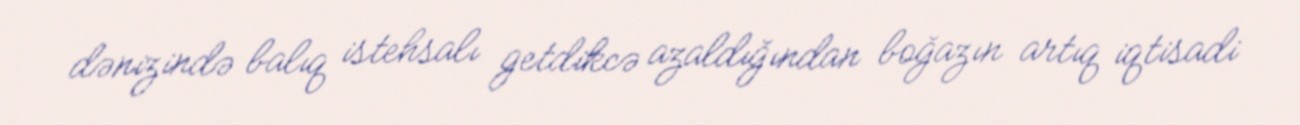
dənizində balıq istehsalı getdikcə azaldığından boğazın artıq iqtisadi